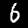
Label: 6